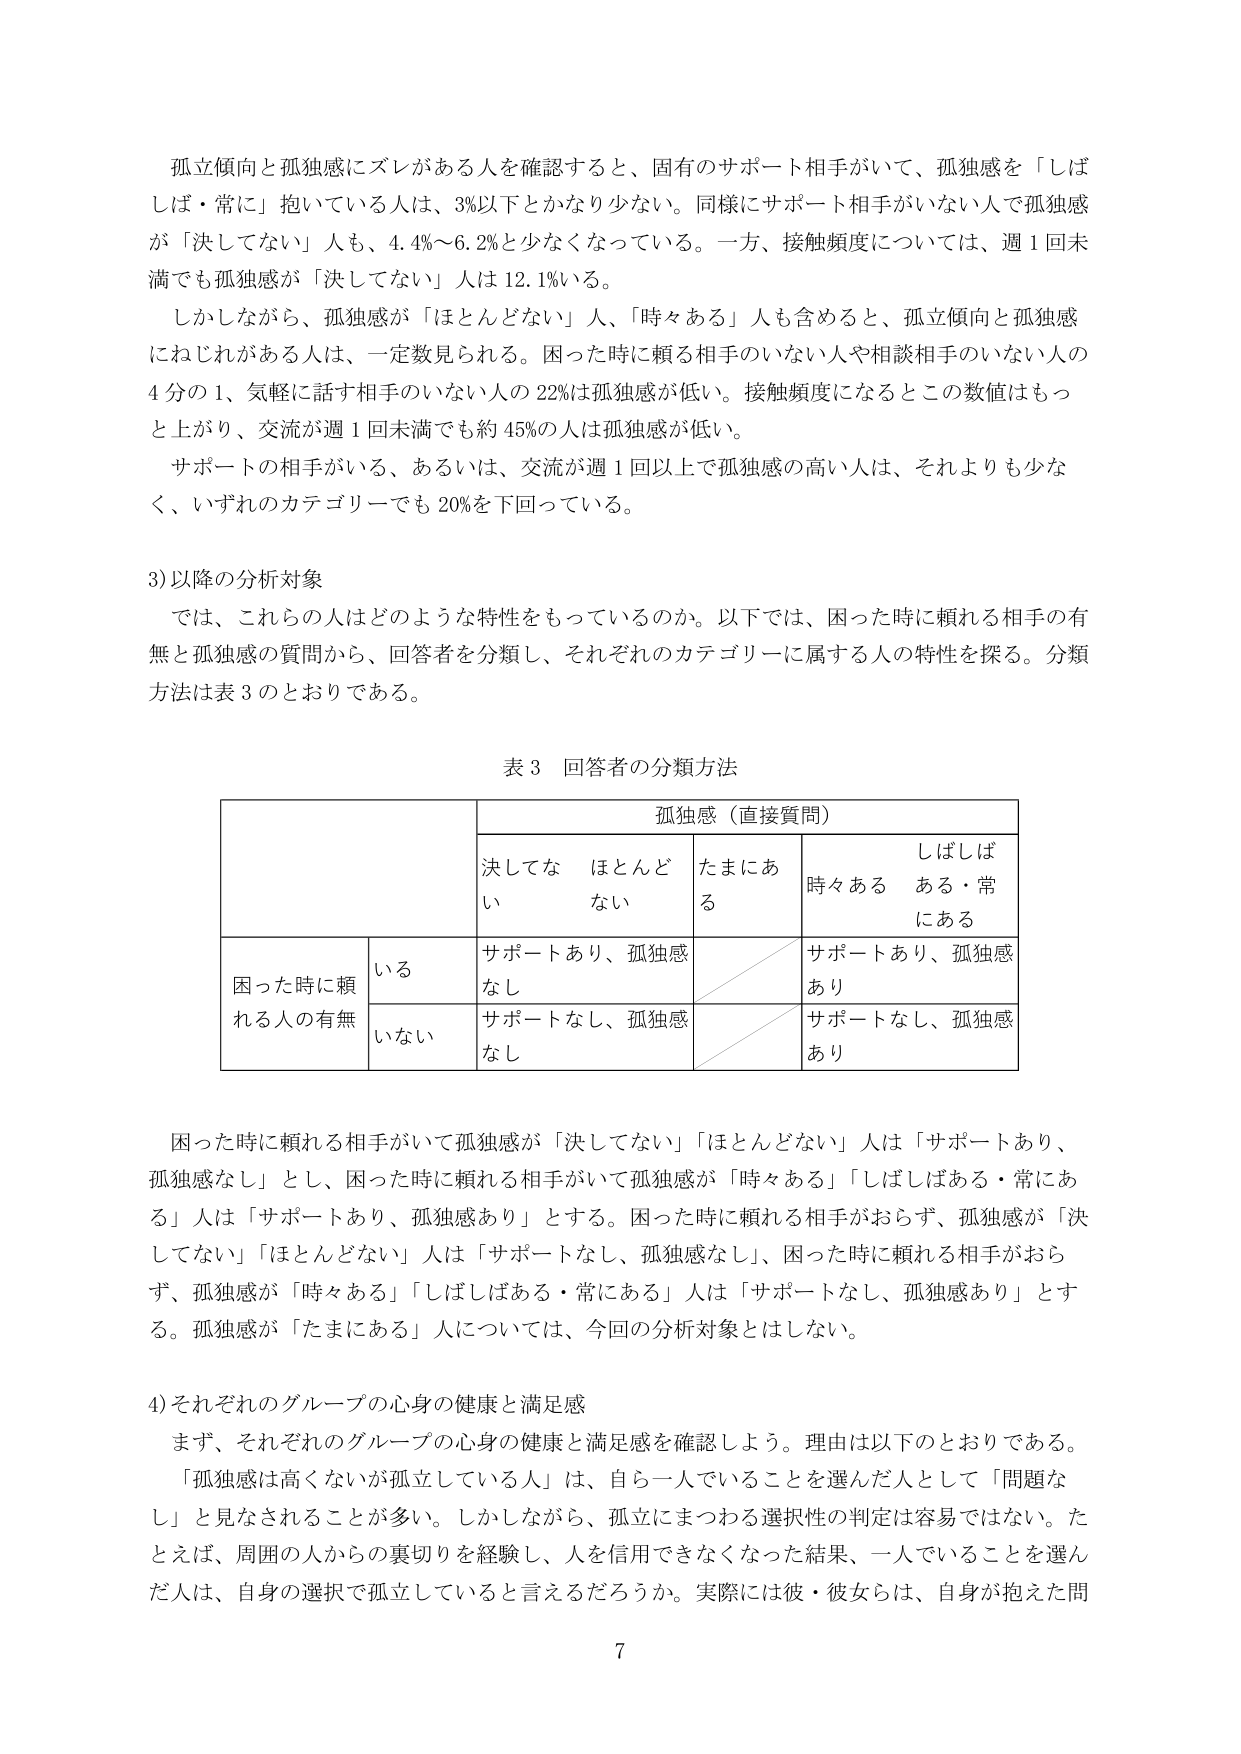
孤立傾向と孤独感にズレがある人を確認すると、固有のサポート相手がいて、孤独感を「しばしば・常に」抱いている人は、3%以下とかなり少ない。同様にサポート相手がいない人で孤独感が「決してない」人も、4.4%～6.2%と少なくなっている。一方、接触頻度については、週1回未満でも孤独感が「決してない」人は12.1%いる。

しかしながら、孤独感が「ほとんどない」人、「時々ある」人も含めると、孤立傾向と孤独感にねじれがある人は、一定数見られる。困った時に頼る相手のいない人や相談相手のいない人の4分の1、気軽に話す相手のいない人の22%は孤独感が低い。接触頻度になるとこの数値はもっと上がり、交流が週1回未満でも約45%の人は孤独感が低い。

サポートの相手がいる、あるいは、交流が週1回以上で孤独感の高い人は、それよりも少なく、いずれのカテゴリーでも20%を下回っている。

3) 以降の分析対象

では、これらの人とはどのような特性をもっているのか。以下では、困った時に頼れる相手の有無と孤独感の質問から、回答者を分類し、それぞれのカテゴリーに属する人の特性を探る。分類方法は表3のとおりである。

表3 回答者の分類方法

| | | 孤独感（直接質問） | | | |
|---|---|---|---|---|---|
| | | 決してない | ほとんどない | たまにある | 時々ある しばしばある・常にあ る |
| | いる | サポートあり、孤独感なし | | | サポートあり、孤独感あり |
| 困った時に頼れる人の有無 | | | | | |
| | いない | サポートなし、孤独感なし | | | サポートなし、孤独感あり |

困った時に頼れる相手がいて孤独感が「決してない」「ほとんどない」人は「サポートあり、孤独感なし」とし、困った時に頼れる相手がいて孤独感が「時々ある」「しばしばある・常にあ る」人は「サポートあり、孤独感あり」とする。困った時に頼れる相手がおらず、孤独感が「決してない」「ほとんどない」人は「サポートなし、孤独感なし」、困った時に頼れる相手がおらず、孤独感が「時々ある」「しばしばある・常にあ る」人は「サポートなし、孤独感あり」とする。孤独感が「たまにある」人については、今回の分析対象とはしない。

4) それぞれのグループの心身の健康と満足感

まず、それぞれのグループの心身の健康と満足感を確認しよう。理由は以下のとおりである。

「孤独感は高くないが孤立している人」は、自ら一人でいることを選んだ人として「問題なし」と見なされることが多い。しかしながら、孤立にまつわる選択性の判定は容易ではない。たとえば、周囲の人からの裏切りを経験し、人を信用できなくなった結果、一人でいることを選んだ人は、自身の選択で孤立していると言えるだろうか。実際には彼・彼女らは、自身が抱えた問

7